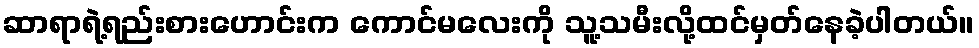
ဆာရာရဲ့ရည်းစားဟောင်းက ကောင်မလေးကို သူ့သမီးလို့ထင်မှတ်နေခဲ့ပါတယ်။